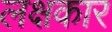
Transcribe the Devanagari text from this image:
लक्षकार